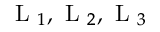
\mathrm { ~ L ~ } _ { 1 } , \mathrm { ~ L ~ } _ { 2 } , \mathrm { ~ L ~ } _ { 3 }